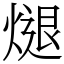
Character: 煺